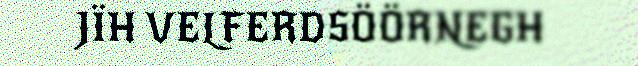
JÏH VELFERDSÖÖRNEGH